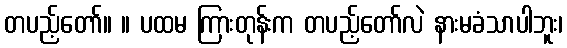
တပည့်တော်။ ။ ပထမ ကြားတုန်းက တပည့်တော်လဲ နားမခံသာပါဘူး၊